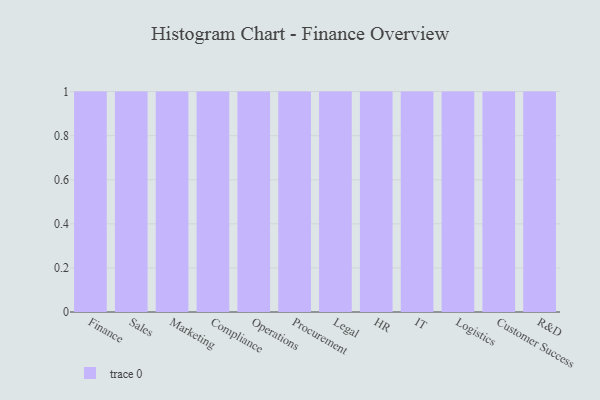
{"axis": {"x": "Department", "y": "Satisfaction Score"}, "legend": [""], "data": [{"x": "Finance", "y": 74, "type": ""}, {"x": "Sales", "y": 73, "type": ""}, {"x": "Marketing", "y": 36, "type": ""}, {"x": "Compliance", "y": 24, "type": ""}, {"x": "Operations", "y": 1, "type": ""}, {"x": "Procurement", "y": 47, "type": ""}, {"x": "Legal", "y": 54, "type": ""}, {"x": "HR", "y": 54, "type": ""}, {"x": "IT", "y": 55, "type": ""}, {"x": "Logistics", "y": 68, "type": ""}, {"x": "Customer Success", "y": 83, "type": ""}, {"x": "R&D", "y": 62, "type": ""}]}